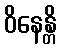
ဝိနေန္တိ